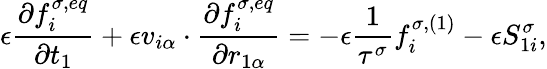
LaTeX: \epsilon\frac{\partial f_{i}^{\sigma,eq}}{\partial t_{1}}+\epsilon v_{i\alpha}\cdot\frac{\partial f_{i}^{\sigma,eq}}{\partial r_{1\alpha}}=-\epsilon\frac{1}{\tau^{\sigma}}f_{i}^{\sigma,(1)}-\epsilon S_{1i}^{\sigma},